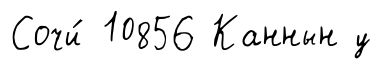
Сочи́ 10856 Каннын у